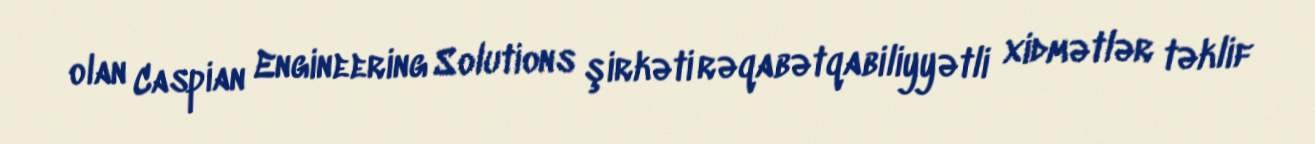
olan Caspian Engineering Solutions şirkəti rəqabətqabiliyyətli xidmətlər təklif